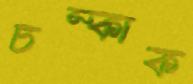
চম্‌কাক